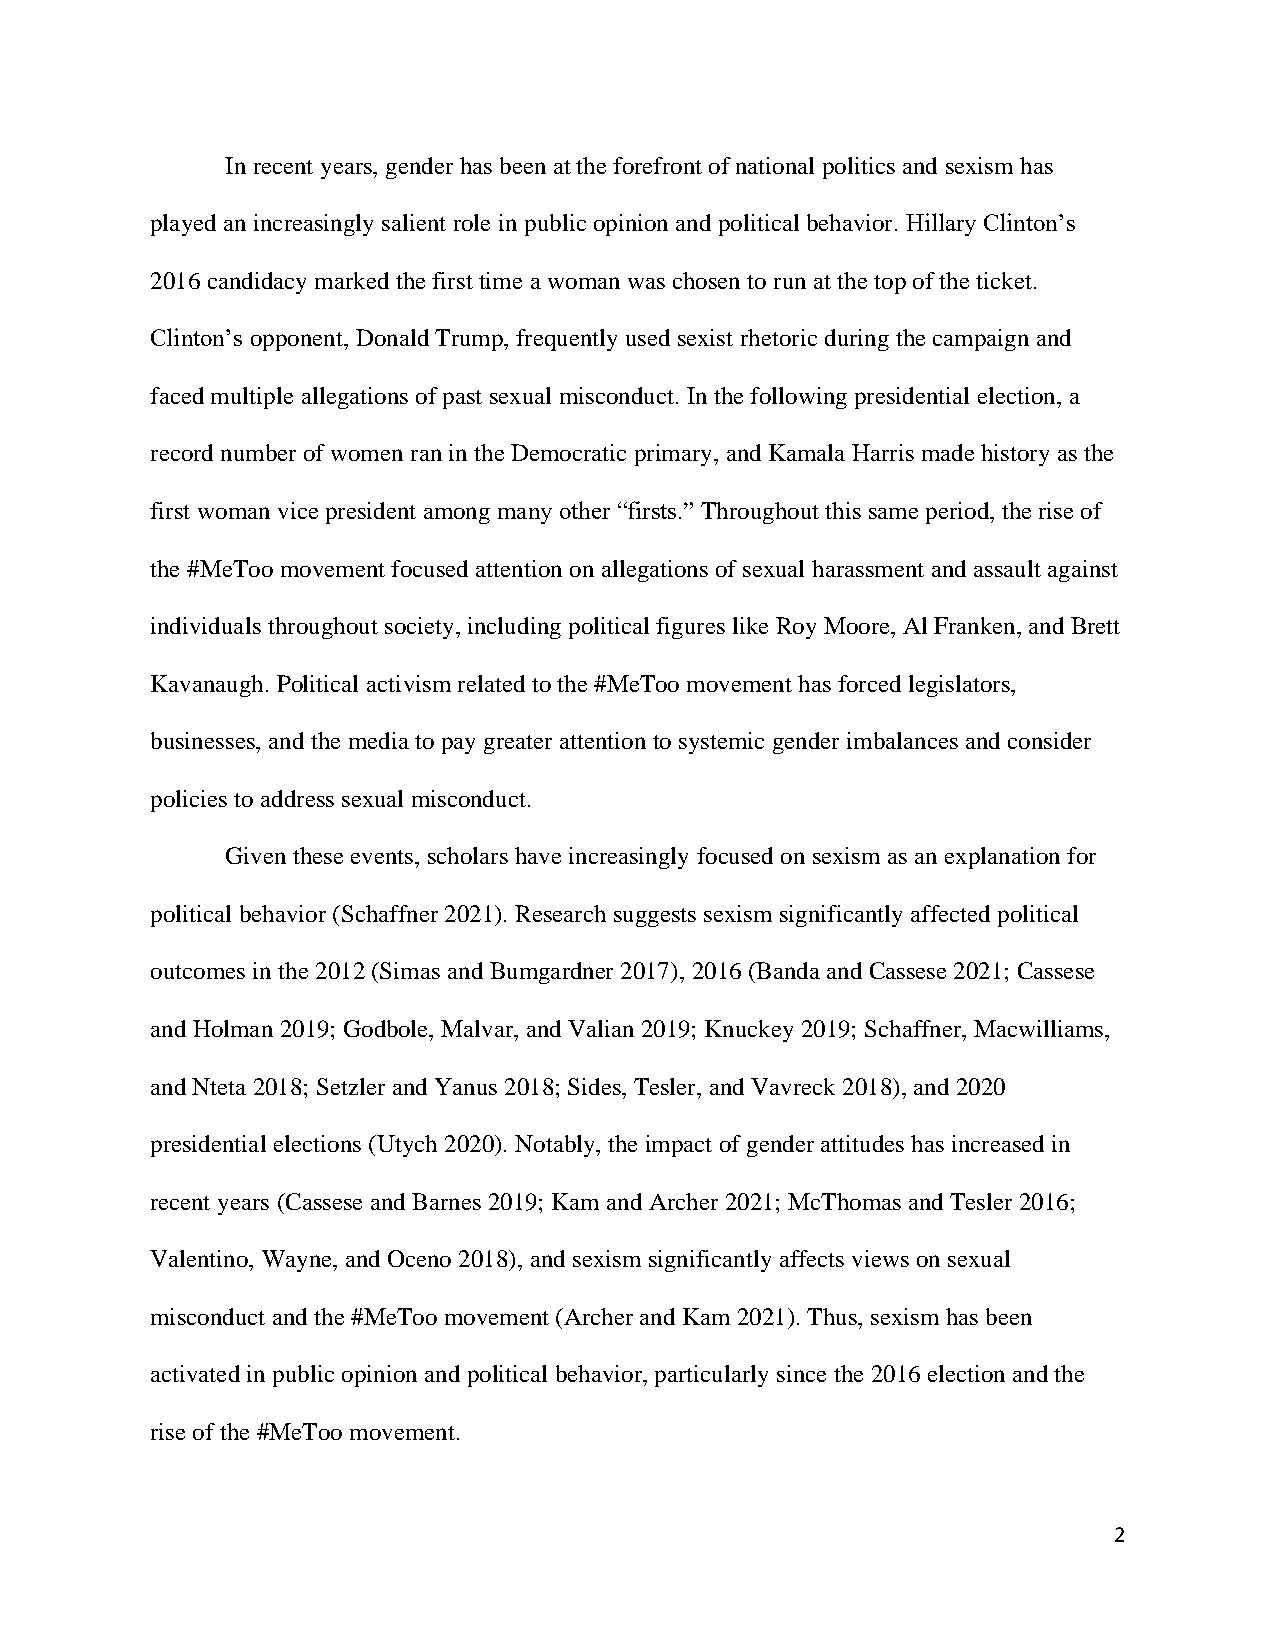
In recent years, gender has been at the forefront of national politics and sexism has
 played an increasingly salient role in public opinion and political behavior. Hillary Clinton’s
 2016 candidacy marked the first time a woman was chosen to run at the top of the ticket.
 Clinton’s opponent, Donald Trump, frequently used sexist rhetoric during the campaign and
 faced multiple allegations of past sexual misconduct. In the following presidential election, a
 record number of women ran in the Democratic primary, and Kamala Harris made history as the
 first woman vice president among many other “firsts.” Throughout this same period, the rise of
 the #MeToo movement focused attention on allegations of sexual harassment and assault against
 individuals throughout society, including political figures like Roy Moore, Al Franken, and Brett
 Kavanaugh. Political activism related to the #MeToo movement has forced legislators,
 businesses, and the media to pay greater attention to systemic gender imbalances and consider
 policies to address sexual misconduct.
 Given these events, scholars have increasingly focused on sexism as an explanation for
 political behavior (Schaffner 2021). Research suggests sexism significantly affected political
 outcomes in the 2012 (Simas and Bumgardner 2017), 2016 (Banda and Cassese 2021; Cassese
 and Holman 2019; Godbole, Malvar, and Valian 2019; Knuckey 2019; Schaffner, Macwilliams,
 and Nteta 2018; Setzler and Yanus 2018; Sides, Tesler, and Vavreck 2018), and 2020
 presidential elections (Utych 2020). Notably, the impact of gender attitudes has increased in
 recent years (Cassese and Barnes 2019; Kam and Archer 2021; McThomas and Tesler 2016;
 Valentino, Wayne, and Oceno 2018), and sexism significantly affects views on sexual
 misconduct and the #MeToo movement (Archer and Kam 2021). Thus, sexism has been
 activated in public opinion and political behavior, particularly since the 2016 election and the
 rise of the #MeToo movement.
 2